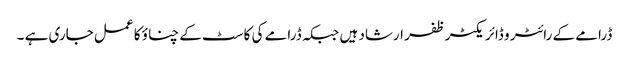
ڈرامے کے رائٹر و ڈائریکٹر ظفر ارشاد ہیں جبکہ ڈرامے کی کاسٹ کے چناؤ کا عمل جاری ہے ۔